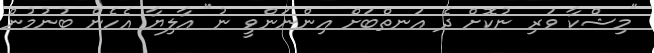
"މިޝްކާ ވަރި ނުކޮށް ދެ އަނތްބަށް އިންނަންވީ ނު" އާލިޔާ އެހެން ބުނުމުން